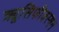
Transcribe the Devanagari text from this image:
क्र्यूसिफीक्स्षन